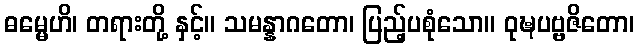
ဓမ္မေဟိ၊ တရားတို့ နှင့်။ သမန္နာဂတော၊ ပြည့်ပစုံသော။ ဝုဍ္ဎပဗ္ဗဇိတော၊